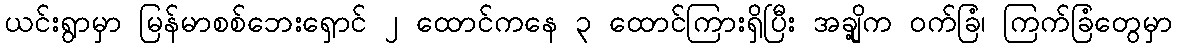
ယင်းရွာမှာ မြန်မာစစ်ဘေးရှောင် ၂ ထောင်ကနေ ၃ ထောင်ကြားရှိပြီး အချို့က ဝက်ခြံ၊ ကြက်ခြံတွေမှာ